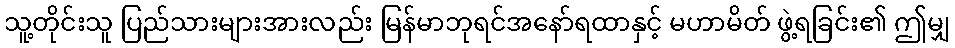
သူ့တိုင်းသူ ပြည်သားများအားလည်း မြန်မာဘုရင်အနော်ရထာနှင့် မဟာမိတ် ဖွဲ့ရခြင်း၏ ဤမျှ